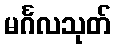
မင်္ဂလသုတ်